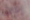
إختراق